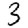
Digit: 3